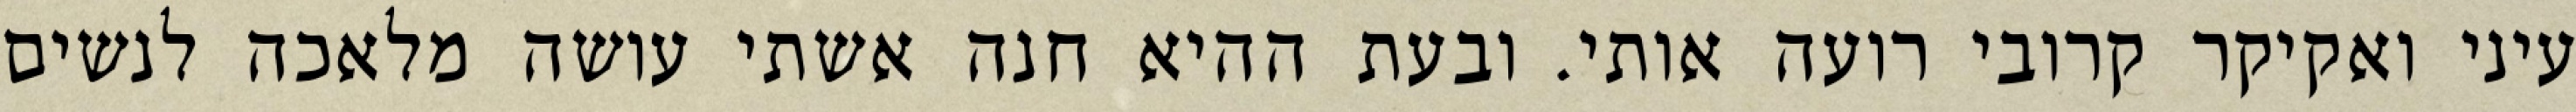
עיני ואקיקר קרובי רועה אותי. ובעת ההיא חנה אשתי עושה מלאכה לנשים